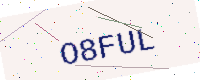
Text: O8FUL